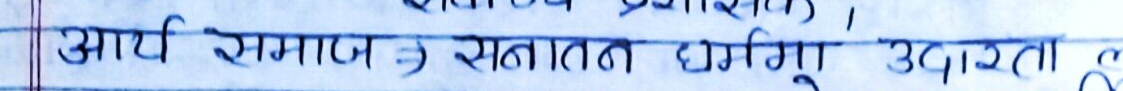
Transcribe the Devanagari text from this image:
आर्य समाज => सनातन धर्मी उदारता क